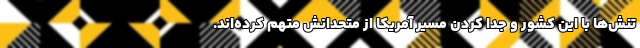
تنش‌ها با این کشور و جدا کردن مسیر آمریکا از متحدانش متهم کرده‌اند.